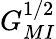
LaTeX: G_{MI}^{1/2}